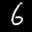
Label: 6